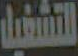
التشغيل